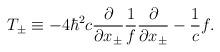
LaTeX: \begin{align*}T_{\pm} \equiv -4 {\hbar}^2c \frac{\partial}{\partial x_{\pm}}\frac{1}{f} \frac{\partial}{\partial x_{\pm}} - \frac{1}{c} f.\end{align*}